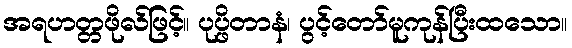
အရဟတ္တဖိုလ်ဖြင့်။ ပုပ္ဖိတာနံ၊ ပွင့်တော်မူကုန်ပြီးထသော။